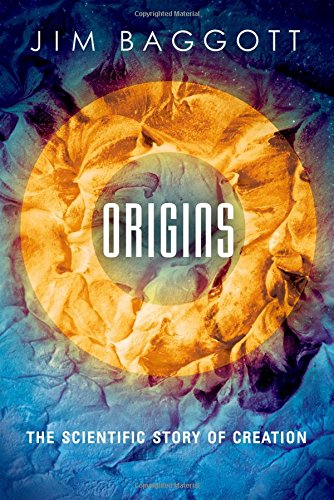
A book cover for Origins: The Scientific Story of Creation; Jim Baggott; Science & Math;